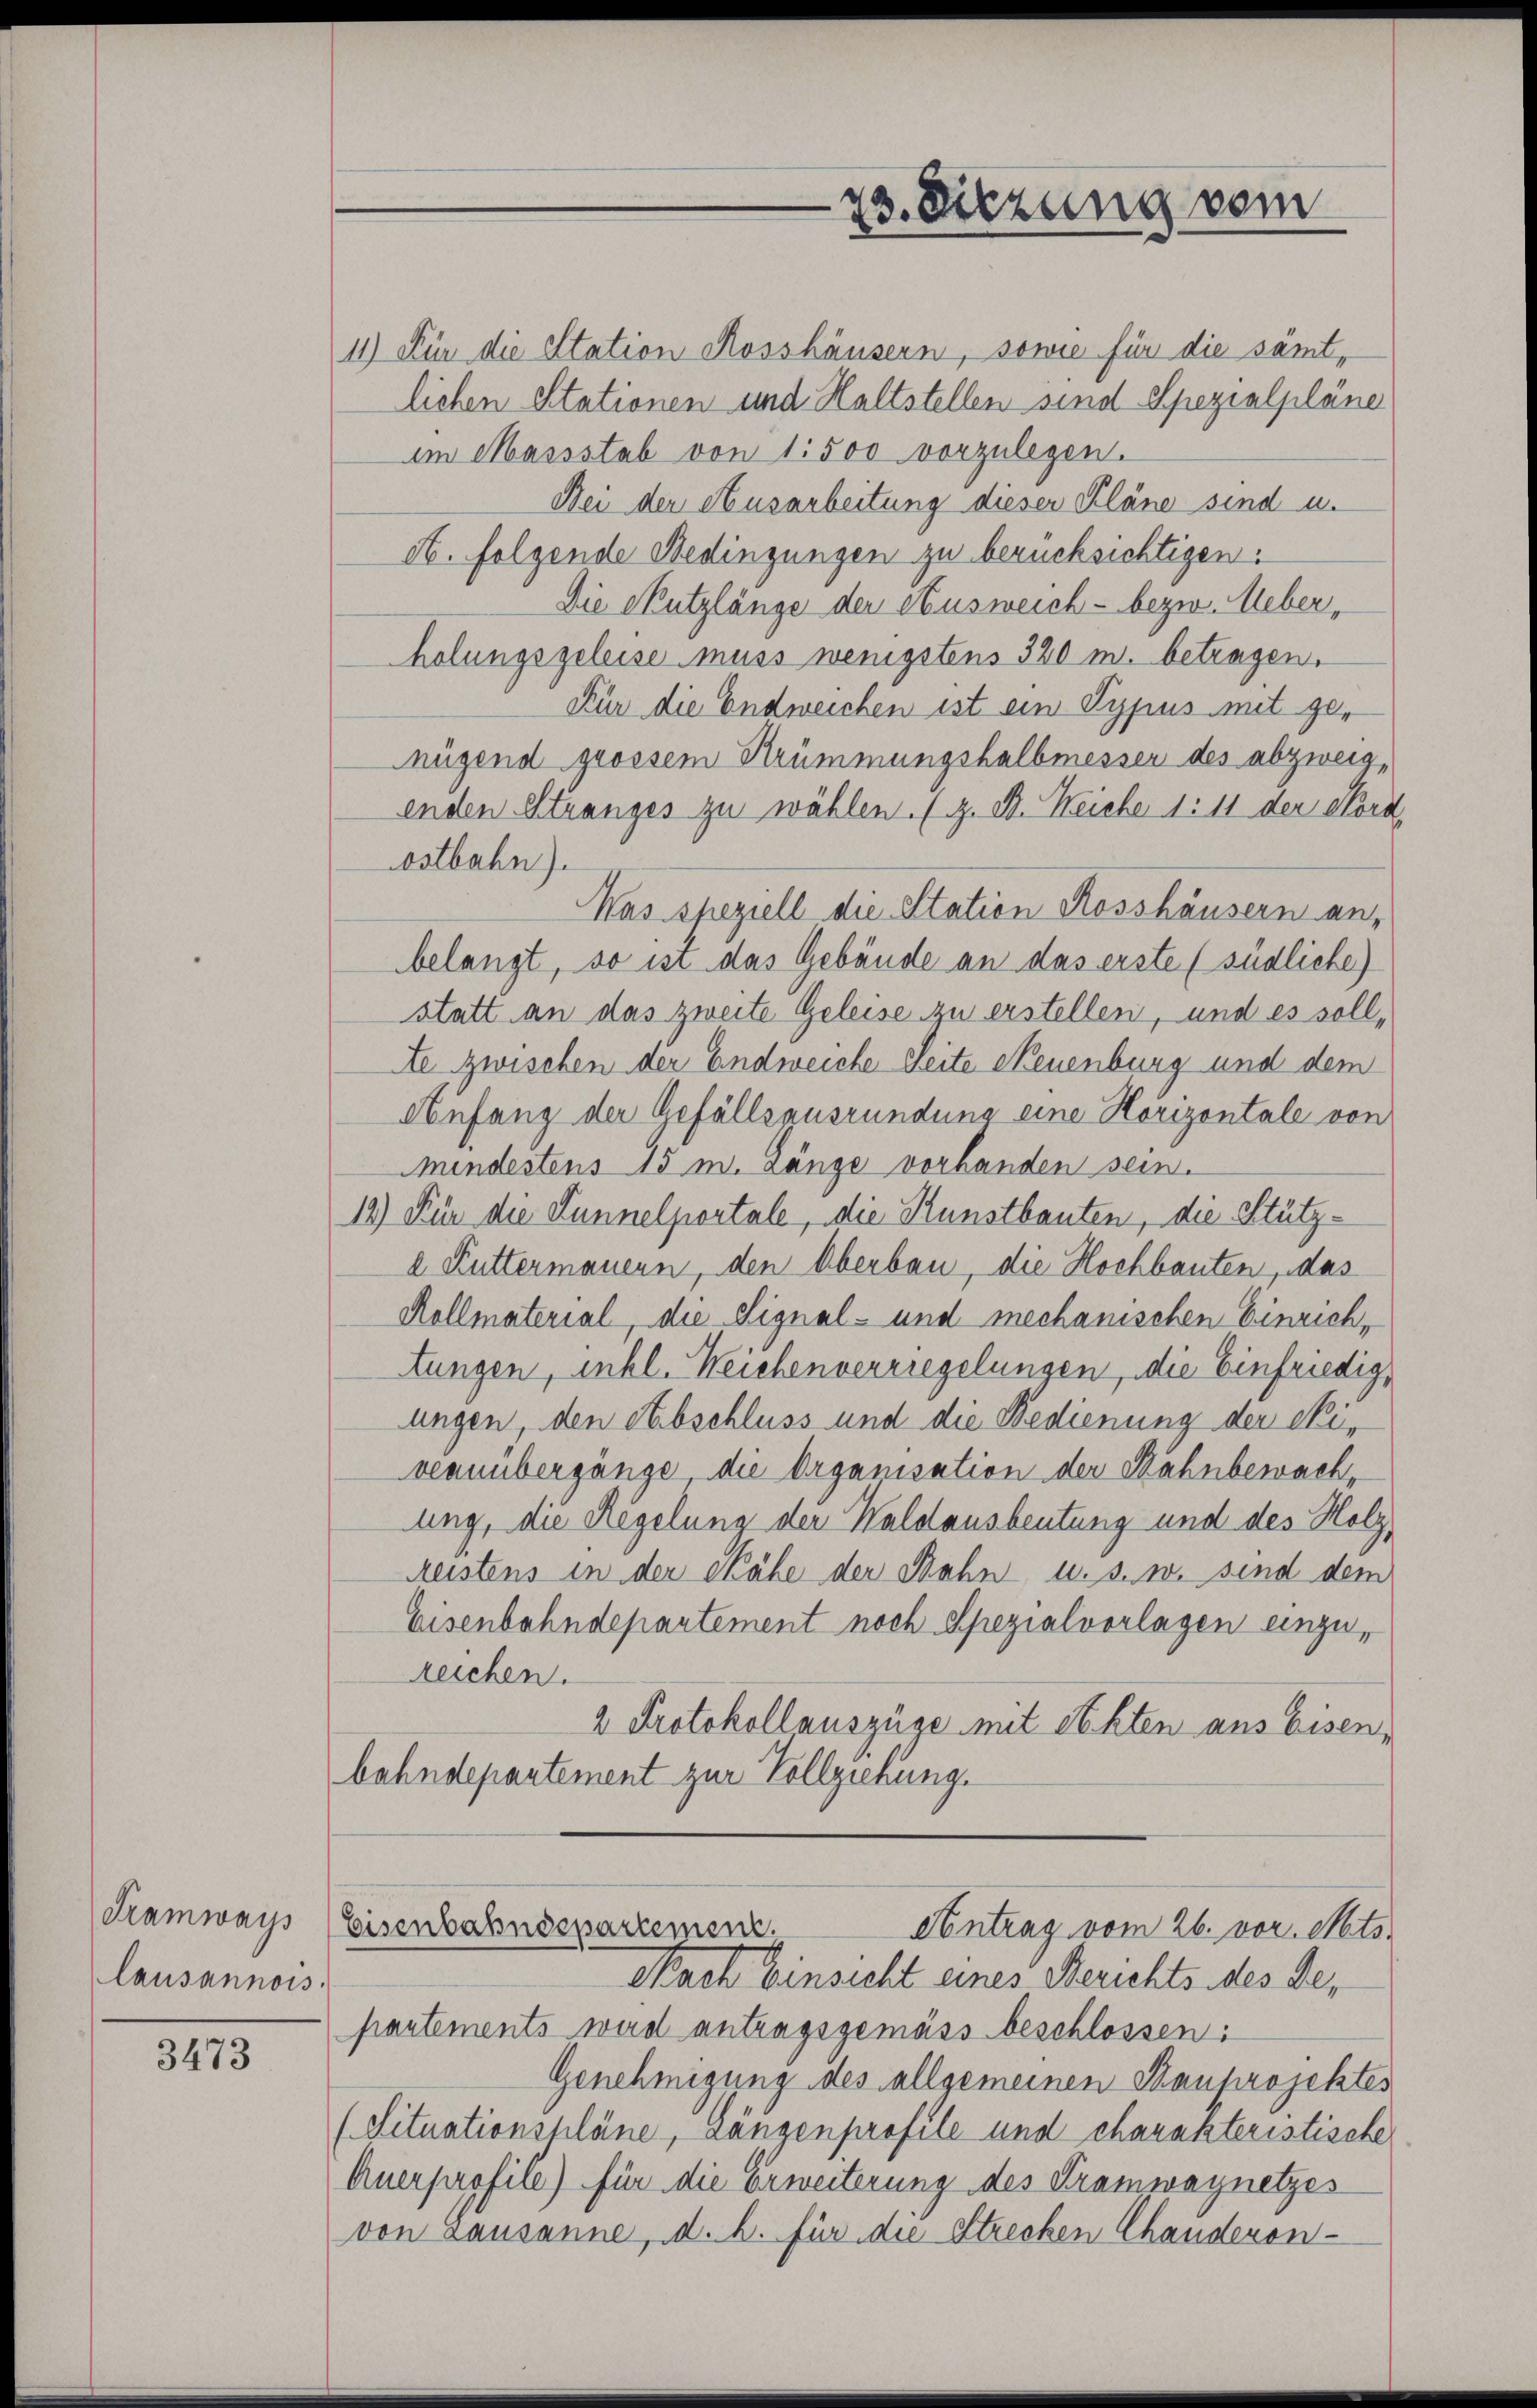
Tramways
lausannois.

3473

11) Für die Station Rosshäusern, sowie für die sämtlichen Stationen und Haltstellen sind Spezialpläne
im Massstab von 1500 vorzulegen.
Bei der Ausarbeitung dieser Pläne sind u.
et. folgende Bedingungen zu berücksichtigen.
Die Nutzlänge der Ausweich - bezw. Ueber,
holungsgeleise muss wenigstens 320 m. betragen.
Für die Endweichen ist ein Typus mit genügend grossem Krümmungshalbmesser des abzweig,
enden Stranges zu wählen. (z. B. Reiche 1 11 der Nord
ostbahn).
Was speziell die Station Rosshäusern an-
belangt, so ist das Gebäude an das erste (südliche)
statt an das zweite Geleise zu erstellen, und es soll,
Ate zwischen der Endweiche Seite Neuenburg und dem
Anfang der Gefällsausründung eine Horizontale von
Mindestens 15 m. Länge vorhanden sein.
14.) Für die Lunnelportale, die Kunstbauten, die Stütza Kuttermauern, den Oberbau, die Hochbauten, das
Kollmaterial, die Signal- und mechanischen Einrich,
tungen, inkl. Weichenverrregelungen, die Einfriedig,
ungen, den Abschluss und die Bedienung der eivenuebergänge die Organisation der Bahnbewach,
ung, die Regelung der Waldausbeutung und des Holz,
Reistens in der Nähe der Bahn u. s. w. sind dem
Eisenbahndepartement noch Spezialvorlagen einzureichen.
2 Protokollauszüge mit Akten aus Eisen-
bahndepartement zur Vollziehung.

23. Sitzung vom

Eisenbahndepartement.
Antrag vom 26. vor. Mts.

Nach Einsicht eines Berichts des der
partements wird antragsgemäss beschlossen:
Genehmigung des allgemeinen Bauprojektes
(Situationspläne, Längenprofile und charakteristische
Anerprofile) für die Erweiterung des Tramwagnetzes
von Lausanne, d. h. für die Strecken Chanderen-